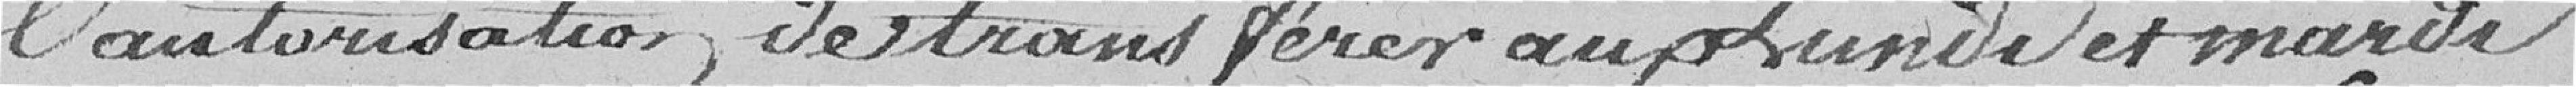
l'autorisation de transférer aux lundi et mardi